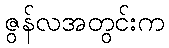
ဇွန်လအတွင်းက